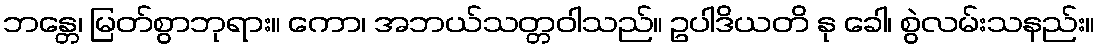
ဘန္တေ၊ မြတ်စွာဘုရား။ ကော၊ အဘယ်သတ္တဝါသည်။ ဥပါဒိယတိ နု ခေါ၊ စွဲလမ်းသနည်း။